Civil Veterinary Dept. North-West Frontier Province 1933-46 - 1933-1946
Year: 1933
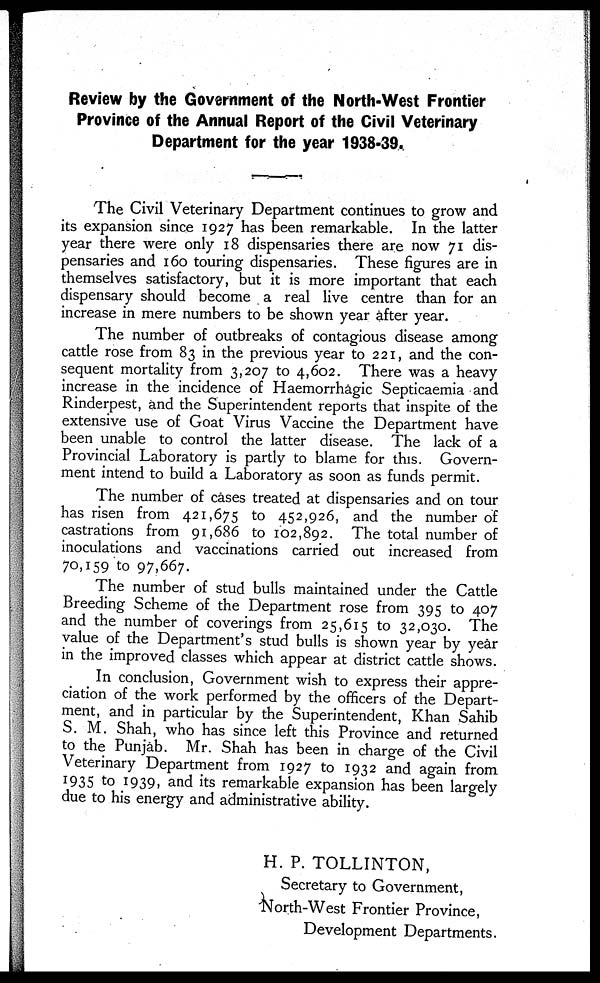
Review by the Government of the North-West Frontier
Province of the Annual Report of the Civil Veterinary
Department for the year 1938-39.
The Civil Veterinary Department continues to grow and
its expansion since 1927 has been remarkable. In the latter
year there were only 18 dispensaries there are now 71 dis-
pensaries and 160 touring dispensaries. These figures are in
themselves satisfactory, but it is more important that each
dispensary should become a real live centre than for an
increase in mere numbers to be shown year after year.
The number of outbreaks of contagious disease among
cattle rose from 83 in the previous year to 221, and the con-
sequent mortality from 3,207 to 4,602. There was a heavy
increase in the incidence of Haemorrhagic Septicaemia and
Rinderpest, and the Superintendent reports that inspite of the
extensive use of Goat Virus Vaccine the Department have
been unable to control the latter disease. The lack of a
Provincial Laboratory is partly to blame for this. Govern-
ment intend to build a Laboratory as soon as funds permit.
The number of cases treated at dispensaries and on tour
has risen from 421,675 to 452,926, and the number of
castrations from 91,686 to 102,892. The total number of
inoculations and vaccinations carried out increased from
70,159 to 97,667.
The number of stud bulls maintained under the Cattle
Breeding Scheme of the Department rose from 395 to 407
and the number of coverings from 25,615 to 32,030. The
value of the Department's stud bulls is shown year by year
in the improved classes which appear at district cattle shows.
In conclusion, Government wish to express their appre-
ciation of the work performed by the officers of the Depart-
ment, and in particular by the Superintendent, Khan Sahib
S. M. Shah, who has since left this Province and returned
to the Punjab. Mr. Shah has been in charge of the Civil
Veterinary Department from 1927 to 1932 and again from
1935 to 1939, and its remarkable expansion has been largely
due to his energy and administrative ability.
H. P. TOLLINTON,
Secretary to Government,
North-West Frontier Province,
Development Departments.